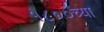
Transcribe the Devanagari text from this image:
१८००च्या